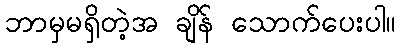
ဘာမှမရှိတဲ့အ ချိန် သောက်ပေးပါ။